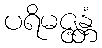
ပရိမဇ္ဇန္တံ